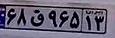
۶۸ق۹۶۵۱۳